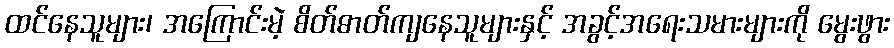
ထင်နေသူများ၊ အကြောင်းမဲ့ စိတ်ဓာတ်ကျနေသူများနှင့် အခွင့်အရေးသမားများကို မွေးဖွား